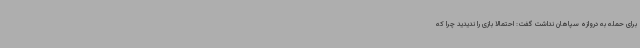
برای حمله به دروازه سپاهان نداشت گفت: احتمالا بازی را ندیدید چرا که